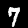
Digit: 7